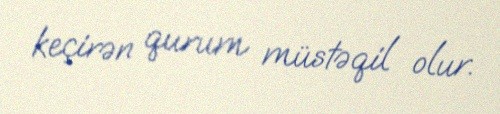
keçirən qurum müstəqil olur.